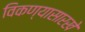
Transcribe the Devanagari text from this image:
विकण्यासारखे